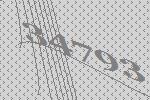
34793